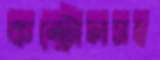
কন্ট্রোলসহ